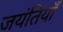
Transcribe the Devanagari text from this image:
जयंतियाँ